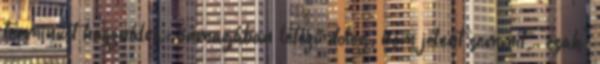
terminust használva: önmagában létező dolog, nem jelent semmit, "csak"